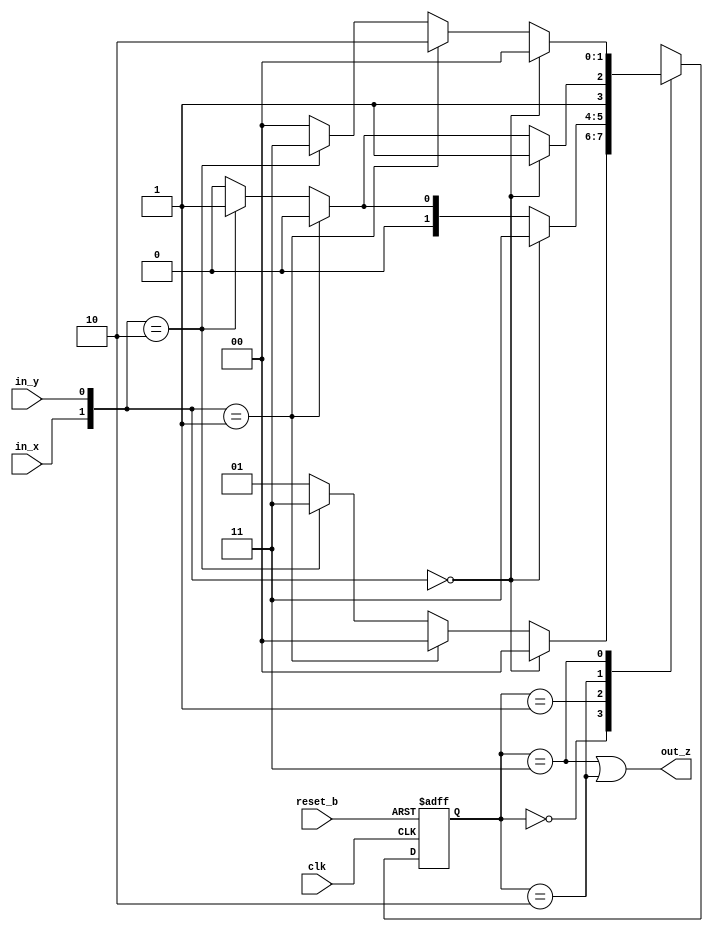
module FiniteStateMachine (output out_z, input in_x, in_y, clk, reset_b);
	reg[1:0] state, next_state;

	assign out_z = ((state == 2'b11) || (state == 2'b10));
	
	always @ (posedge clk, negedge reset_b)
		if (reset_b == 1'b0) state <= 2'b00;
		else state <= next_state;
	always @ (state, in_x, in_y)
	case (state)
		2'b00:	if ({in_x, in_y} == 2'b00) next_state = 2'b00;
			else if ({in_x, in_y} == 2'b01) next_state = 2'b00;
			else if ({in_x, in_y} == 2'b10) next_state = 2'b11;
			else next_state = 2'b01;
		2'b01:	if ({in_x, in_y} == 2'b00) next_state = 2'b11;
			else if ({in_x, in_y} == 2'b01) next_state = 2'b00;
			else if ({in_x, in_y} == 2'b10) next_state = 2'b01;
			else next_state = 2'b00;
		2'b10:	if ({in_x, in_y} == 2'b00) next_state = 2'b11;
			else if ({in_x, in_y} == 2'b01) next_state = 2'b10;
			else if ({in_x, in_y} == 2'b10) next_state = 2'b11;
			else next_state = 2'b10;
		2'b11:	if ({in_x, in_y} == 2'b00) next_state = 2'b00;
			else if ({in_x, in_y} == 2'b01) next_state = 2'b10;
			else if ({in_x, in_y} == 2'b10) next_state = 2'b11;
			else next_state = 2'b00;
	endcase
endmodule